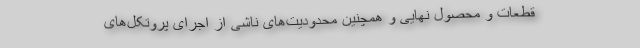
قطعات و محصول نهایی و همچنین محدودیت‌های ناشی از اجرای پروتکل‌های